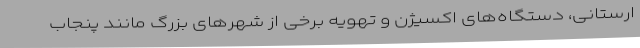
ارستانی، دستگاه‌های اکسیژن و تهویه برخی از شهرهای بزرگ مانند پنجاب